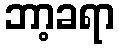
ဘာ့ခရာ